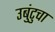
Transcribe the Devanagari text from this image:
उबुंटुचा